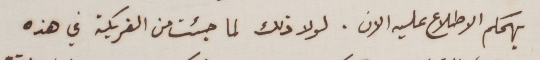
يهمكم الاطلاع عليه الان. لولا ذلك لما جئت من الفريكة في هذه